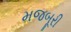
મજબૂરી